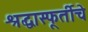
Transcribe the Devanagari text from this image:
श्रद्धास्फूर्तीचे